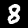
Label: 8